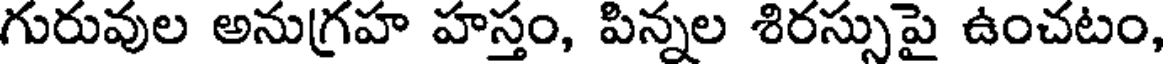
గురువుల అనుగ్రహ హస్తం, పిన్నల శిరస్సుపై ఉంచటం,